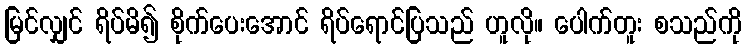
မြင်လျှင် ရိပ်မိ၍ စိုက်ပေးအောင် ရိပ်ရောင်ပြသည် ဟူလို။ ပေါက်တူး စသည်ကို